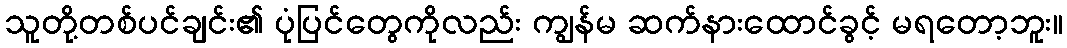
သူတို့တစ်ပင်ချင်း၏ ပုံပြင်တွေကိုလည်း ကျွန်မ ဆက်နားထောင်ခွင့် မရတော့ဘူး။